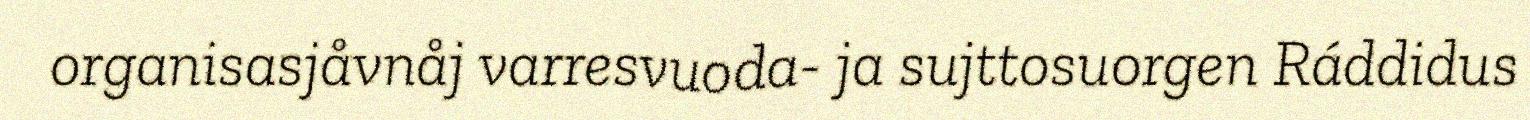
organisasjåvnåj varresvuoda- ja sujttosuorgen Ráddidus